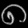
Digit: ၈